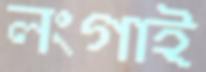
লংগাই